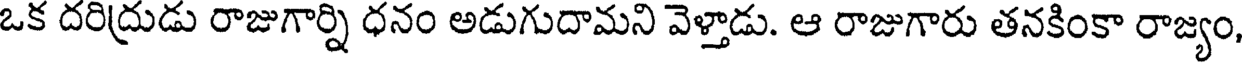
ఒక దరిద్రుడు రాజుగార్ని ధనం అడుగుదామని వెళ్తాడు. ఆ రాజుగారు తనకింకా రాజ్యం,